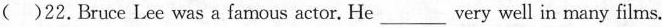
( )22.Bruce Lee was a famous actor. He ___ very well in many films.